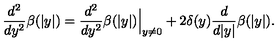
\frac { d ^ { 2 } } { d y ^ { 2 } } \beta ( | y | ) = \frac { d ^ { 2 } } { d y ^ { 2 } } \beta ( | y | ) \Big | _ { y \ne 0 } + 2 \delta ( y ) \frac { d } { d | y | } \beta ( | y | ) .